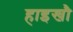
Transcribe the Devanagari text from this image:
हाइखौ